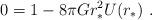
LaTeX: \begin{align*}0 = 1 - 8\pi Gr_*^2U(r_*)\ .\end{align*}